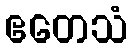
ဧတေသံ